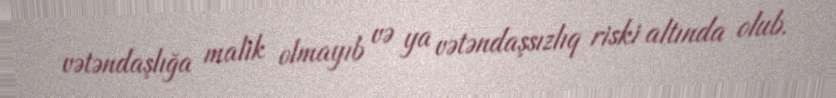
vətəndaşlığa malik olmayıb və ya vətəndaşsızlıq riski altında olub.